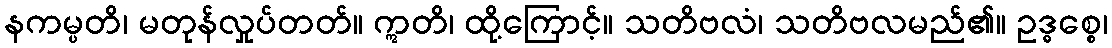
နကမ္ပတိ၊ မတုန်လှုပ်တတ်။ ဣတိ၊ ထို့ကြောင့်။ သတိဗလံ၊ သတိဗလမည်၏။ ဥဒ္ဓစ္စေ၊